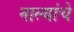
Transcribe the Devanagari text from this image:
नाल्यांचे